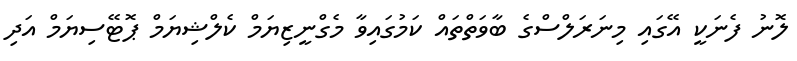
ލޮނު ފެނަކީ އޭގައި މިނަރަލްސްގެ ބާވަތްތައް ކަމުގައިވާ މެގްނީޒިޔަމް ކެލްޝިޔަމް ޕޮޓޭސިޔަމް އަދި